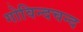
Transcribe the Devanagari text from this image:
गोविन्दचन्द